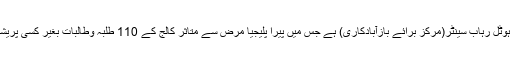
HOHKکے سی ای او ایا ز سنگرار نے بتایا کہ “آج ہمارے پاس 1996 میں قائم شدہ گھرونڈا ہوٹل رہاب سینٹر(مرکز برائے بازآبادکاری) ہے جس میں پیرا پلیجیا مرض سے متاثر کالج کے 110 طلبہ وطالبات بغیر کسی پریشانی کے رہتے ہیں اور اسٹاف میں بھی اکثر افراد جسمانی طور پر معذور ہیں۔